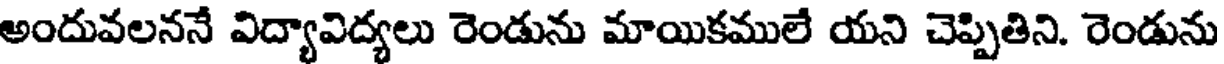
అందువలననే విద్యావిద్యలు రెండును మాయికములే యని చెప్పితిని. రెండును